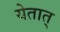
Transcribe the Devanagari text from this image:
येतात्